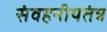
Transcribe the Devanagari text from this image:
संवहनीयतंत्र